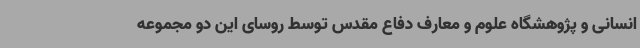
انسانی و پژوهشگاه علوم و معارف دفاع مقدس توسط روسای این دو مجموعه